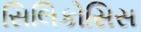
સિલિકોસિસ